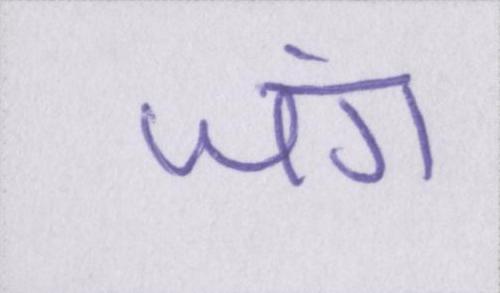
जंग